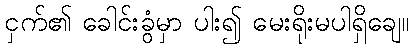
ငှက်၏ ခေါင်းခွံမှာ ပါး၍ မေးရိုးမပါရှိချေ။